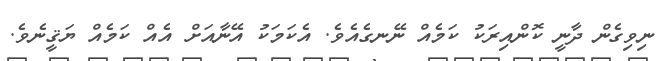
ނިވިގެން ދާނީ ކޮންއިރަކު ކަމެއް ނޭނގެއެވެ. އެކަމަކު އޭނާއަށް އެއް ކަމެއް ޔަޤީނެވެ.